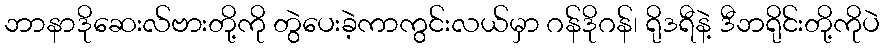
ဘာနာဒိုဆေးလ်ဗားတို့ကို တွဲပေးခဲ့ကာကွင်းလယ်မှာ ဂန်ဒိုဂန်၊ ရိုဒရီနဲ့ ဒီဘရိုင်းတို့ကိုပဲ